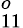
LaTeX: _{11}^{o}